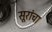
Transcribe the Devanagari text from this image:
सूरांचा